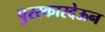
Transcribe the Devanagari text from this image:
पुरस्कारदेऊन